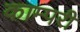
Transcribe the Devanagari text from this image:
काम्परी